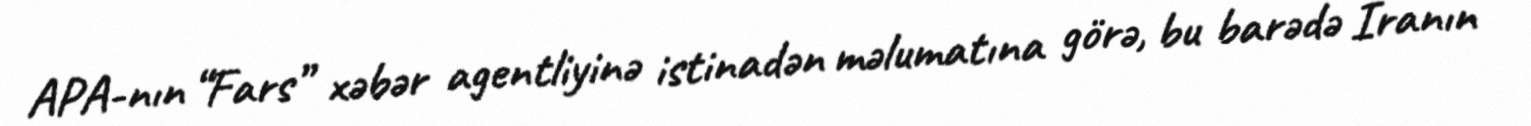
APA-nın “Fars” xəbər agentliyinə istinadən məlumatına görə, bu barədə İranın